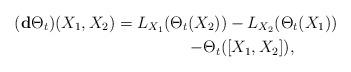
LaTeX: \begin{align*}(\mathbf{d}\Theta_t)(X_1,X_2)=L_{X_1}(\Theta_t(X_2))&-L_{X_2}(\Theta_t(X_1))\\-\Theta_t(&[X_1,X_2]),\end{align*}